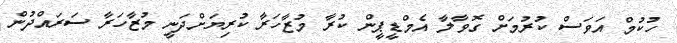
ހުކުމް އަވަސް ކުރުމަށް ގޮވާލާ އެމްޑީޕީން ކުރާ މުޒާހަރާ ކުރިޔަށްދަނީ މުޒާހަރާ ސަރައްދުން